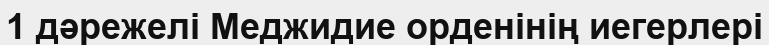
1 дәрежелі Меджидие орденінің иегерлері